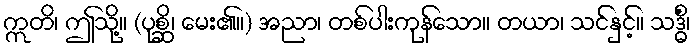
ဣတိ၊ ဤသို့။ (ပုစ္ဆိ၊ မေး၏။) အညာ၊ တစ်ပါးကုန်သော။ တယာ၊ သင်နှင့်။ သဒ္ဓိံ၊